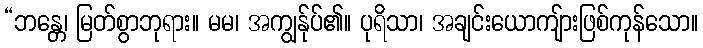
“ဘန္တေ၊ မြတ်စွာဘုရား။ မမ၊ အကျွန်ုပ်၏။ ပုရိသာ၊ အချင်းယောကျ်ားဖြစ်ကုန်သော။